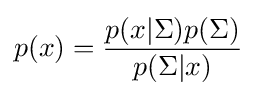
p(x)={\frac {p(x|\Sigma )p(\Sigma )}{p(\Sigma |x)}}